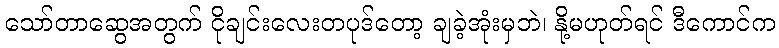
သော်တာဆွေအတွက် ငိုချင်းလေးတပုဒ်တော့ ချခဲ့အုံးမှဘဲ၊ နို့မဟုတ်ရင် ဒီကောင်က